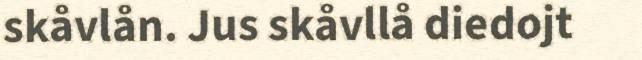
skåvlån. Jus skåvllå diedojt